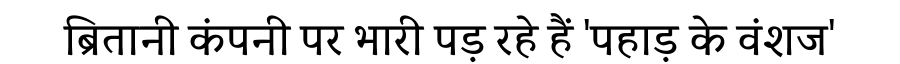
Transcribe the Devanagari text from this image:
ब्रितानी कंपनी पर भारी पड़ रहे हैं 'पहाड़ के वंशज'